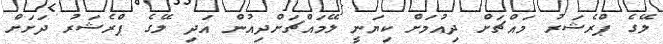
ލޭގެ ޕްރެޝަރު މައްޗަށް ދިއުމަށް ކިޔަނީ ލޭމައްޗަށްދިއުން އަދި ލޭގެ ޕްރެޝަރު ދަށަށް